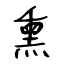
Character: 熏